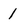
Character: 1